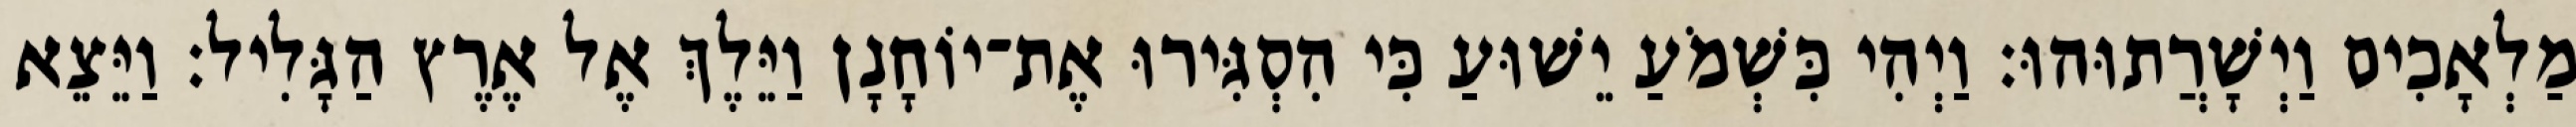
מַלְאָכִים וַיְשָׁרֲתוּהוּ׃ וַיְהִי כִּשְׁמֹעַ יֵשׁוּעַ כִּי הִסְגִּירוּ אֶת־יוֹחָנָן וַיֵּלֶךְ אֶל אֶרֶץ הַגָּלִיל׃ וַיֵּצֵא